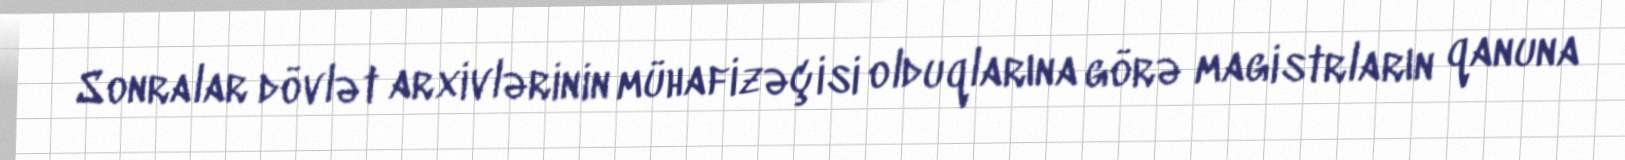
Sonralar dövlət arxivlərinin mühafizəçisi olduqlarına görə magistrların qanuna